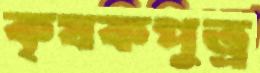
কৃষকপুত্র